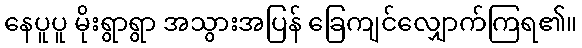
နေပူပူ မိုးရွာရွာ အသွားအပြန် ခြေကျင်လျှောက်ကြရ၏။